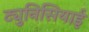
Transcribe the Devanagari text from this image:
ट्युनिसियाई